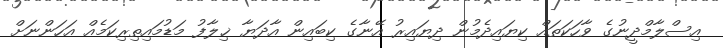
އިސްލާމްދީނުގެ ވާހަކަތައް ކިޔައިދެމުން ދިޔައިރު އޭނާގެ ކިބައިން އާދަޔާ ޚިލާފު މަޑުމައިތިރިކަމެއް އަހަންނަށް